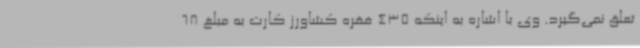
تعلق نمی‌گیرد. وی با اشاره به اینکه 435 فقره کشاورز کارت به مبلغ 68